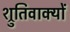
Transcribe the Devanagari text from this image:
श्रुतिवाक्यों